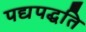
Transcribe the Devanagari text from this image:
पद्यपद्धति